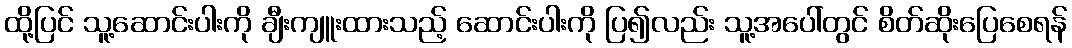
ထို့ပြင် သူ့ဆောင်းပါးကို ချီးကျူးထားသည့် ဆောင်းပါးကို ပြ၍လည်း သူ့အပေါ်တွင် စိတ်ဆိုးပြေစေရန်